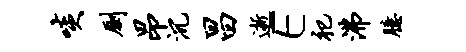
啖劂昂沉昌逝E祀沸臆